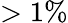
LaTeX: >1\%